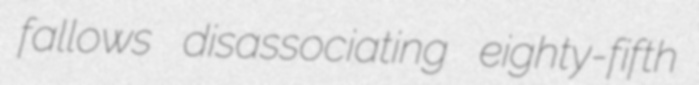
fallows disassociating eighty-fifth